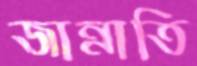
জান্নাতি